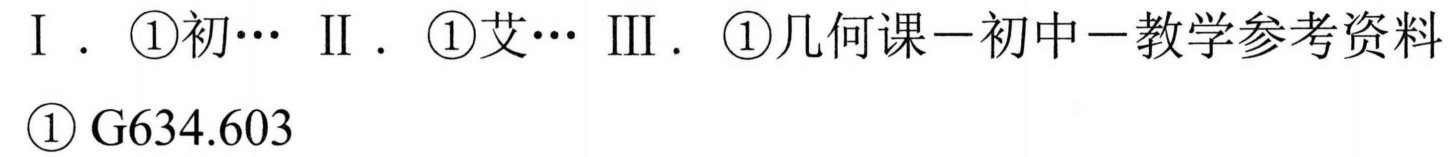
I . \textcircled{1}初…  II . \textcircled{1}艾…  III . \textcircled{1}几何课－初中－教学参考资料
\textcircled{1} G634.603